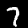
Digit: 7